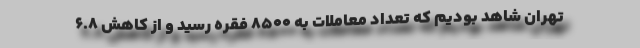
تهران شاهد بودیم که تعداد معاملات به ۸۵۰۰ فقره رسید و از کاهش ۶.۸